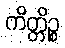
ကိတ္တိဉ္စ